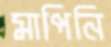
মাপিনি